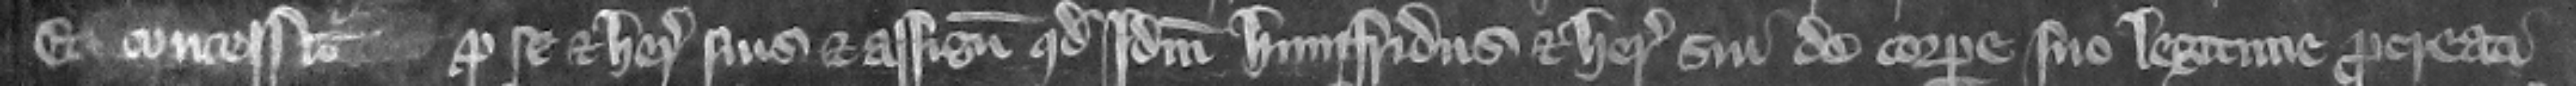
Et concessit pro se et heredibus suis et assignatis quod idem Humfridus et heredes sui de corpore suo legitime procreati